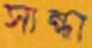
সান্ধা